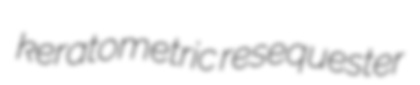
keratometric resequester